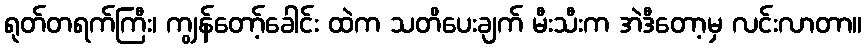
ရုတ်တရက်ကြီး၊ ကျွန်တော့်ခေါင်း ထဲက သတိပေးချက် မီးသီးက အဲဒီတော့မှ လင်းလာတာ။